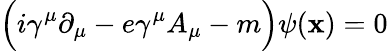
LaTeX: \Bigl(i\gamma^{\mu}\partial_{\mu}-e\gamma^{\mu}A_{\mu}-m\Bigr)\psi(\mathbf{x})=0